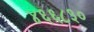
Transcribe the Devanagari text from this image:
४६६८३०